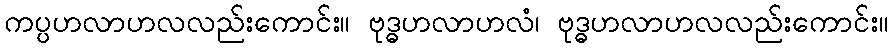
ကပ္ပဟလာဟလလည်းကောင်း။ ဗုဒ္ဓဟလာဟလံ၊ ဗုဒ္ဓဟလာဟလလည်းကောင်း။